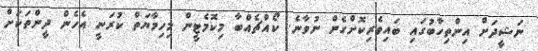
ނަޝީދަށް އިންތިހާބުގައި ބައިވެރިކޮށްގެން ނުވާނެ. ކޯއްޗެއްބާ މިކޮމެޓީން މިހިމާޔަތް ކުރަނީ އެހެން ދީންތަކަށް